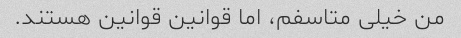
من خیلی متاسفم، اما قوانین قوانین هستند.